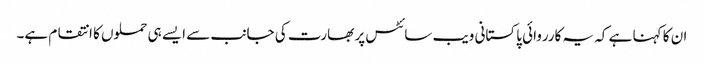
ان کا کہنا ہے کہ یہ کارروائی پاکستانی ویب سائٹس پر بھارت کی جانب سے ایسے ہی حملوں کا انتقام ہے۔